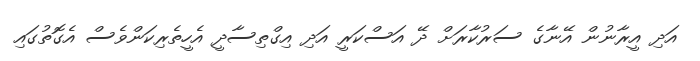
އަދި އީރާނުން އޭނާގެ ސަރުކާރަށް ދޭ އަސްކަރީ އަދި އިގްތިސާދީ އެހީތެރިކަންވެސް އެގޮތުގައި